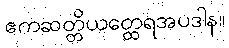
ဧကဆတ္တိယတ္ထေရအပဒါန။